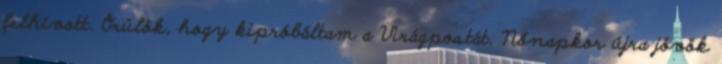
felhívott. Örülök, hogy kipróbáltam a Virágpostát. Nőnapkor újra jövök